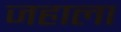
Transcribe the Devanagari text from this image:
जहाला